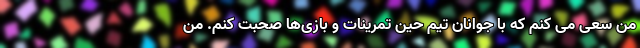
من سعی می کنم که با جوانان تیم حین تمرینات و بازی‌ها صحبت کنم. من